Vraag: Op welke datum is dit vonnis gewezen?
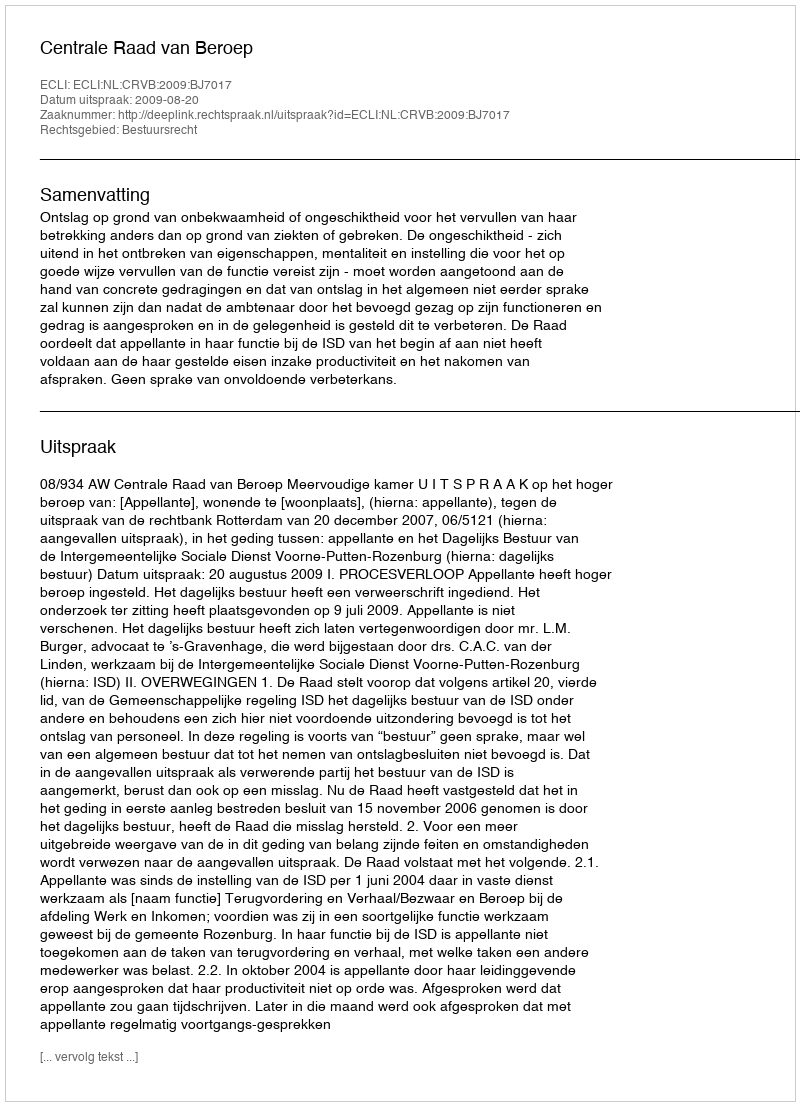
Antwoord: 2009-08-20